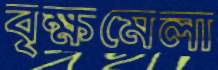
বৃক্ষমেলা